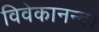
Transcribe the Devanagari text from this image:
विवेकानन्द।